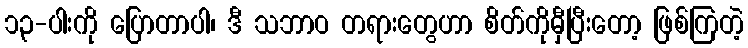
၁၃-ပါးကို ပြောတာပါ၊ ဒီ သဘာဝ တရားတွေဟာ စိတ်ကိုမှီပြီးတော့ ဖြစ်ကြတဲ့